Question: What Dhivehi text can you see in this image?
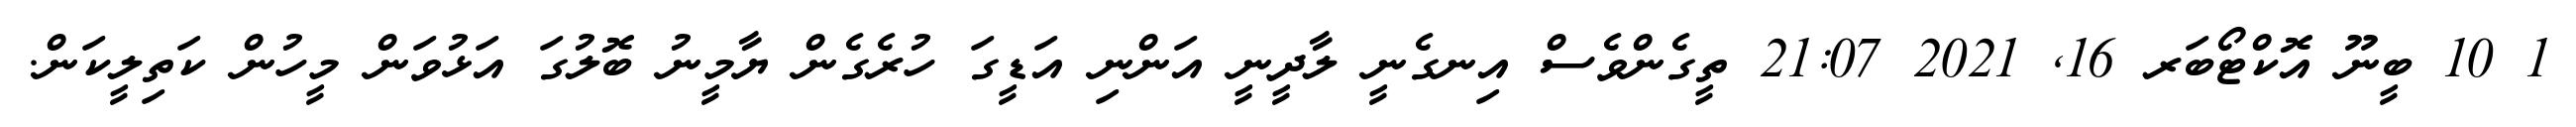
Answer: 1 10 ބީނޫ އޮކްޓޯބަރ 16, 2021 21:07 ތީގެންވެސް އިނގެނީ ލާދީނީ އަންނި އަޑީގަ ހުރެގެން ޔާމީނު ބޮލުގަ އަޅުވަން މީހުން ކަތިލީކަން.